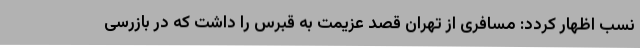
نسب اظهار کردد: مسافری از تهران قصد عزیمت به قبرس را داشت که در بازرسی